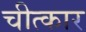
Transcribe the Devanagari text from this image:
चीत्‍कार